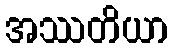
အဿတိယာ